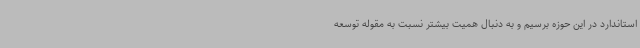
استاندارد در این حوزه برسیم و به دنبال همیت بیشتر نسبت به مقوله توسعه